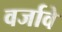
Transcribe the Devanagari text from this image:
वर्जावे